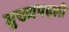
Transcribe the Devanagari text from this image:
मुख्यपहली